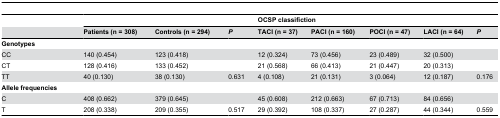
|  | <COLSPAN=3>  | <COLSPAN=5> OCSP classifiction |
 |  | Patients (n = 308) | Controls (n = 294) | P | TACI (n = 37) | PACI (n = 160) | POCI (n = 47) | LACI (n = 64) | P |
 | --- | --- | --- | --- | --- | --- | --- | --- | --- |
 | Genotypes |  |  |  |  |  |  |  |  |
 | CC | 140 (0.454) | 123 (0.418) |  | 12 (0.324) | 73 (0.456) | 23 (0.489) | 32 (0.500) |  |
 | CT | 128 (0.416) | 133 (0.452) |  | 21 (0.568) | 66 (0.413) | 21 (0.447) | 20 (0.313) |  |
 | TT | 40 (0.130) | 38 (0.130) | 0.631 | 4 (0.108) | 21 (0.131) | 3 (0.064) | 12 (0.187) | 0.176 |
 | Allele frequencies |  |  |  |  |  |  |  |  |
 | C | 408 (0.662) | 379 (0.645) |  | 45 (0.608) | 212 (0.663) | 67 (0.713) | 84 (0.656) |  |
 | T | 208 (0.338) | 209 (0.355) | 0.517 | 29 (0.392) | 108 (0.337) | 27 (0.287) | 44 (0.344) | 0.559 |